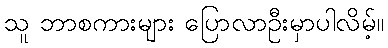
သူ ဘာစကားများ ပြောလာဦးမှာပါလိမ့်။